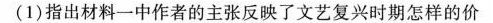
（1）指出材料一中作者的主张反映了文艺复兴时期怎样的价